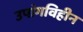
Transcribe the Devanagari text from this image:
उपांगविहीन